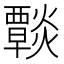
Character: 𤑶